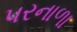
પરનાળા